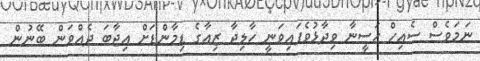
ނަމަވެސް ސެއިހް ހަސީނާ ވިދާޅުވެފައިވަނީ ހާލިދާ ޒިއާގެ ޑިމާންޑަށް އިޖާބަ ދެއްވަން ބޭނުން